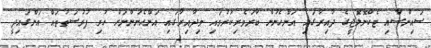
ސައިންސާއި ޓެކްނޮލޮޖީގެ ދާއިރާގައި އަންހެނުން ބާރުވެރިކުރުވައި މިދާއިރާގައި އަންހެނުންނަށް ހުރި ފުރުސަތުތައް އަންގައިދީ